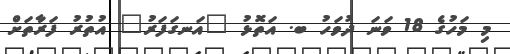
މި މަހުގެ 18 ވަނަ ދުވަހު ބ. އަތޮޅު "އަނގަފަރު" އުތުރު ފަރާތަށް